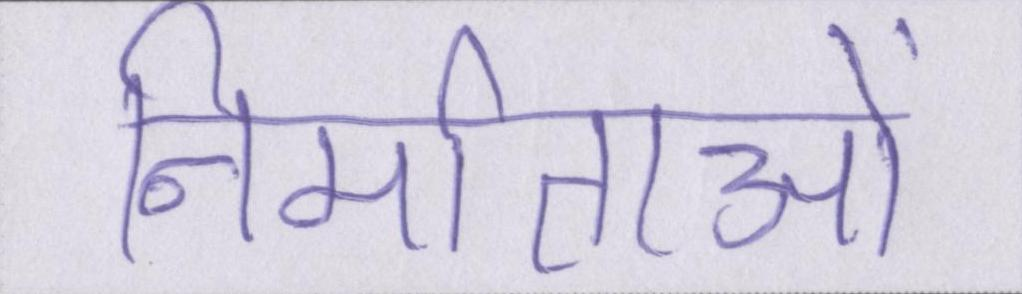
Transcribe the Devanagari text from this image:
निर्माताओं